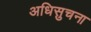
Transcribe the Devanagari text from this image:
अधिसुचना